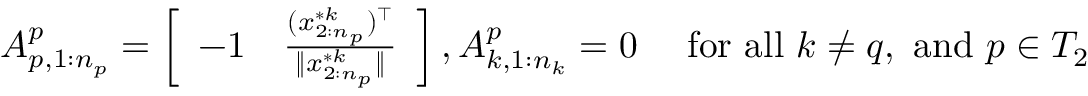
\begin{array} { r l } { A _ { p , 1 : n _ { p } } ^ { p } = \left[ \begin{array} { l l } { - 1 } & { \frac { ( x _ { 2 : n _ { p } } ^ { * k } ) ^ { \top } } { \| x _ { 2 : n _ { p } } ^ { * k } \| } } \end{array} \right] , A _ { k , 1 : n _ { k } } ^ { p } = 0 } & { \mathrm { ~ f o r ~ a l l ~ } k \not = q , \mathrm { ~ a n d ~ } p \in T _ { 2 } } \end{array}